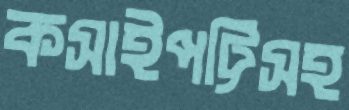
কসাইপট্টিসহ